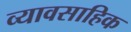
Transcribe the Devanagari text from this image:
व्यावसाहिक